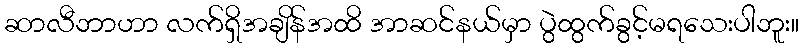
ဆာလီဘာဟာ လက်ရှိအချိန်အထိ အာဆင်နယ်မှာ ပွဲထွက်ခွင့်မရသေးပါဘူး။